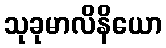
သုခုမာလိနိယော